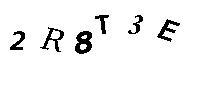
2R8T3E